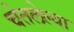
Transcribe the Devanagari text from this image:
चेतलेल्या